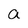
Character: a